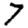
Digit: 7